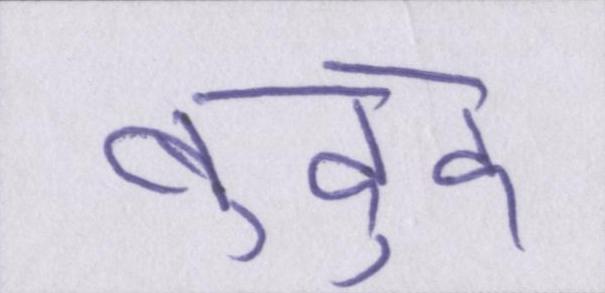
बुद्दु